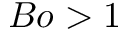
B o > 1